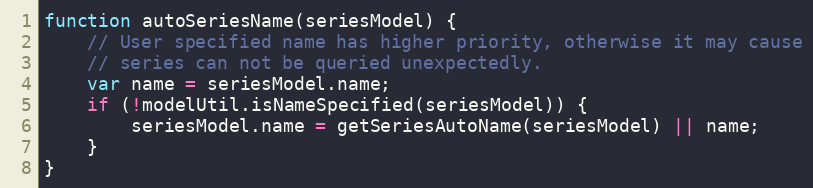
Language: JavaScript
function autoSeriesName(seriesModel) {
    // User specified name has higher priority, otherwise it may cause
    // series can not be queried unexpectedly.
    var name = seriesModel.name;
    if (!modelUtil.isNameSpecified(seriesModel)) {
        seriesModel.name = getSeriesAutoName(seriesModel) || name;
    }
}